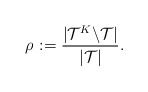
\begin{align*}\rho_{} := \frac{|\mathcal{T}^K \backslash \mathcal{T}|}{|\mathcal{T}|}.\end{align*}